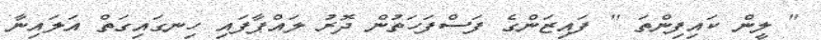
" ލީން ކައިފިންތަ " ފައިޒަންގެ ފަސްފަހަތުން ދޮރު ލައްޕާފައި ހިނގައިގަތް އަލައިނާ